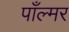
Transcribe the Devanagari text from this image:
पाँल्मर